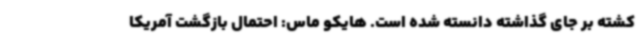
کشته بر جای گذاشته دانسته شده است. هایکو ماس: احتمال بازگشت آمریکا